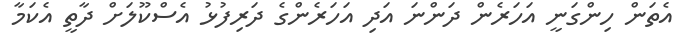
އެތަން ހިންގަނީ އަހަރެން ދަންނަ އަދި އަހަރެންގެ ދަރިފުޅު އެސްކޫލަށް ދާތީ އެކަމާ